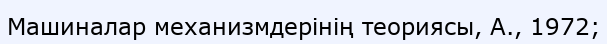
Машиналар механизмдерінің теориясы, А., 1972;